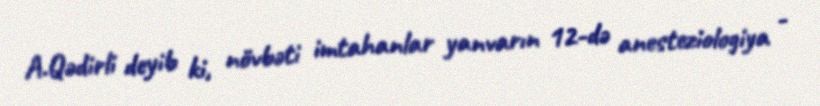
A.Qədirli deyib ki, növbəti imtahanlar yanvarın 12-də anesteziologiya -